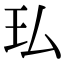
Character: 㺨